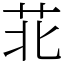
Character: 苝